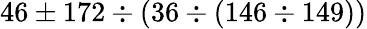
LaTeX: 46\pm 172\div(36\div(146\div 149))